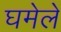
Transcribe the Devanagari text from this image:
घमेले